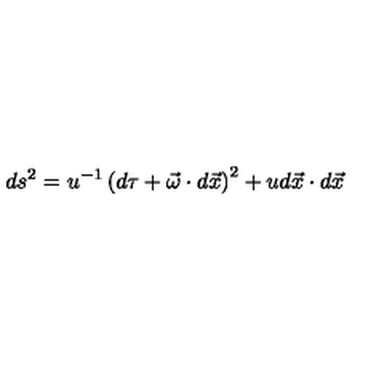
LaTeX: d s ^ { 2 } = u ^ { - 1 } \left( d \tau + \vec { \omega } \cdot d \vec { x } \right) ^ { 2 } + u d \vec { x } \cdot d \vec { x }